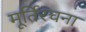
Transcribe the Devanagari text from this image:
मूर्तिरचना